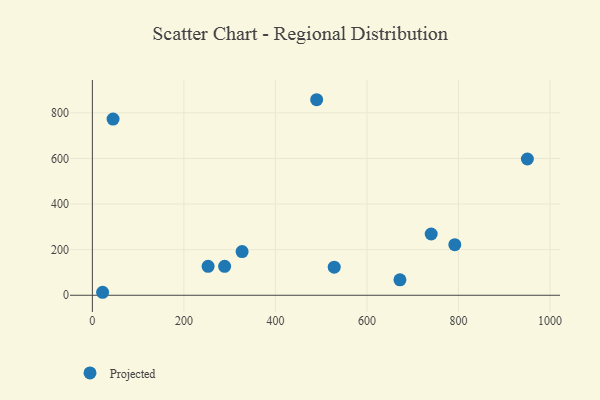
{"axis": {"x": "Price", "y": "Salary"}, "legend": ["Projected"], "data": [{"x": "22.4", "y": 13.1, "type": "Projected"}, {"x": "950.6", "y": 597.4, "type": "Projected"}, {"x": "792.0", "y": 221.7, "type": "Projected"}, {"x": "740.4", "y": 268.6, "type": "Projected"}, {"x": "45.2", "y": 772.7, "type": "Projected"}, {"x": "528.5", "y": 123.0, "type": "Projected"}, {"x": "289.0", "y": 126.8, "type": "Projected"}, {"x": "490.1", "y": 857.4, "type": "Projected"}, {"x": "252.9", "y": 127.1, "type": "Projected"}, {"x": "672.1", "y": 67.8, "type": "Projected"}, {"x": "327.2", "y": 191.7, "type": "Projected"}]}